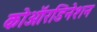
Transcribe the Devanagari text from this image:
कोऑरडिनेशन